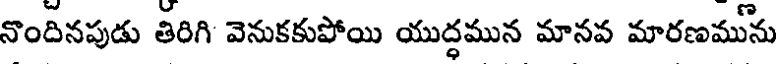
నొందినపుడు తిరిగి వెనుకకుపోయి యుద్ధమున మానవ మారణమును